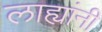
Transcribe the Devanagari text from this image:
लाह्यांनी